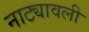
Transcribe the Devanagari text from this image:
नाट्यावली